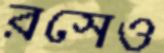
রসেও